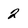
Character: 2